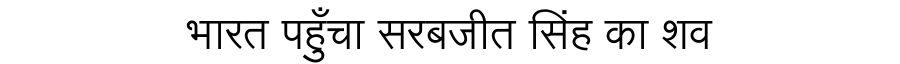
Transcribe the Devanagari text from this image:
भारत पहुँचा सरबजीत सिंह का शव